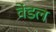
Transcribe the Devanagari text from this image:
वेंडल